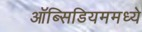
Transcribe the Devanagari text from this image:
ऑब्सिडियममध्ये